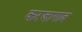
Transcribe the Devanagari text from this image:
करजागाव